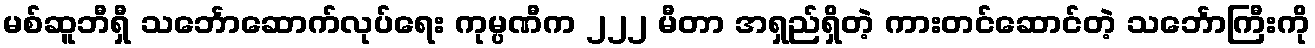
မစ်ဆူဘီရှီ သင်္ဘောဆောက်လုပ်ရေး ကုမ္ပဏီက ၂၂၂ မီတာ အရှည်ရှိတဲ့ ကားတင်ဆောင်တဲ့ သင်္ဘောကြီးကို